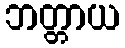
ဘတ္တာယ